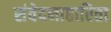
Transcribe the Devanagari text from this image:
संवेदनाहारिता